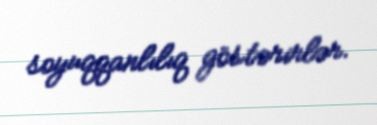
soyuqqanlılıq göstərirlər.